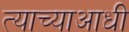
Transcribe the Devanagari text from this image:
त्याच्याआधी